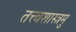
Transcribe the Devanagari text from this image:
तत्त्वशास्त्रमु